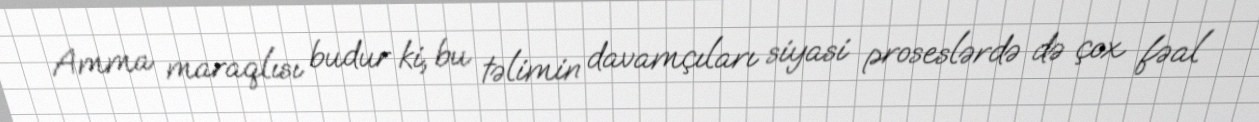
Amma maraqlısı budur ki, bu təlimin davamçıları siyasi proseslərdə də çox fəal